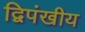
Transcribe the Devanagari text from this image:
द्विपंखीय